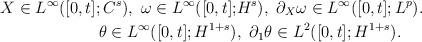
LaTeX: \begin{align*}X\in L^\infty([0,t];C^s),~\omega\in L^\infty([0,t];&H^s),~\partial_X\omega\in L^\infty([0,t];L^p).\\\theta\in L^\infty([0,t];H^{1+s})&, ~\partial_1\theta\in L^2([0,t];H^{1+s}).\end{align*}